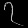
Digit: ၇